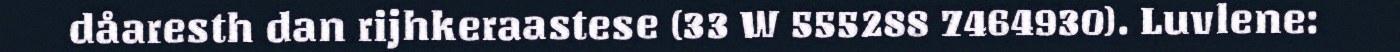
dåaresth dan rijhkeraastese (33 W 555288 7464930). Luvlene: